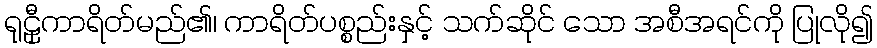
ရုဠှီကာရိတ်မည်၏၊ ကာရိတ်ပစ္စည်းနှင့် သက်ဆိုင် သော အစီအရင်ကို ပြုလို၍